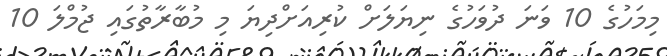
މިމަހުގެ 10 ވަނަ ދުވަހުގެ ނިޔަލަށް ކުރިއަށްދިޔަ މި މުބާރާތުގައި ޖުމްލަ 10